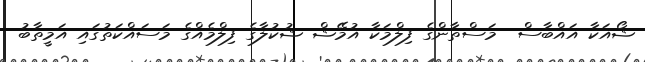
ޝޯއަކާ އައްބާސް  މަސްތާންގެ ފިލްމަކާ އުމޭޝް ޝުކުލާގެ ފިލްމެއްގެ މަސައްކަތުގައި އަމީތާބު